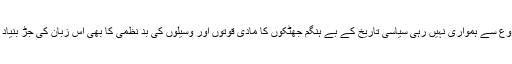
روسی زبان کے ارتقا میں شروع سے ہمواری نہیں رہی سیاسی تاریخ کے بے ہنگم جھٹکوں کا مادی قوتوں اور وسیلوں کی بد نظمی کا بھی اس زبان کی جڑ بنیاد اور اٹھان پر گہرا اثر پڑا ہے۔